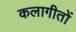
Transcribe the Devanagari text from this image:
कलागीतों